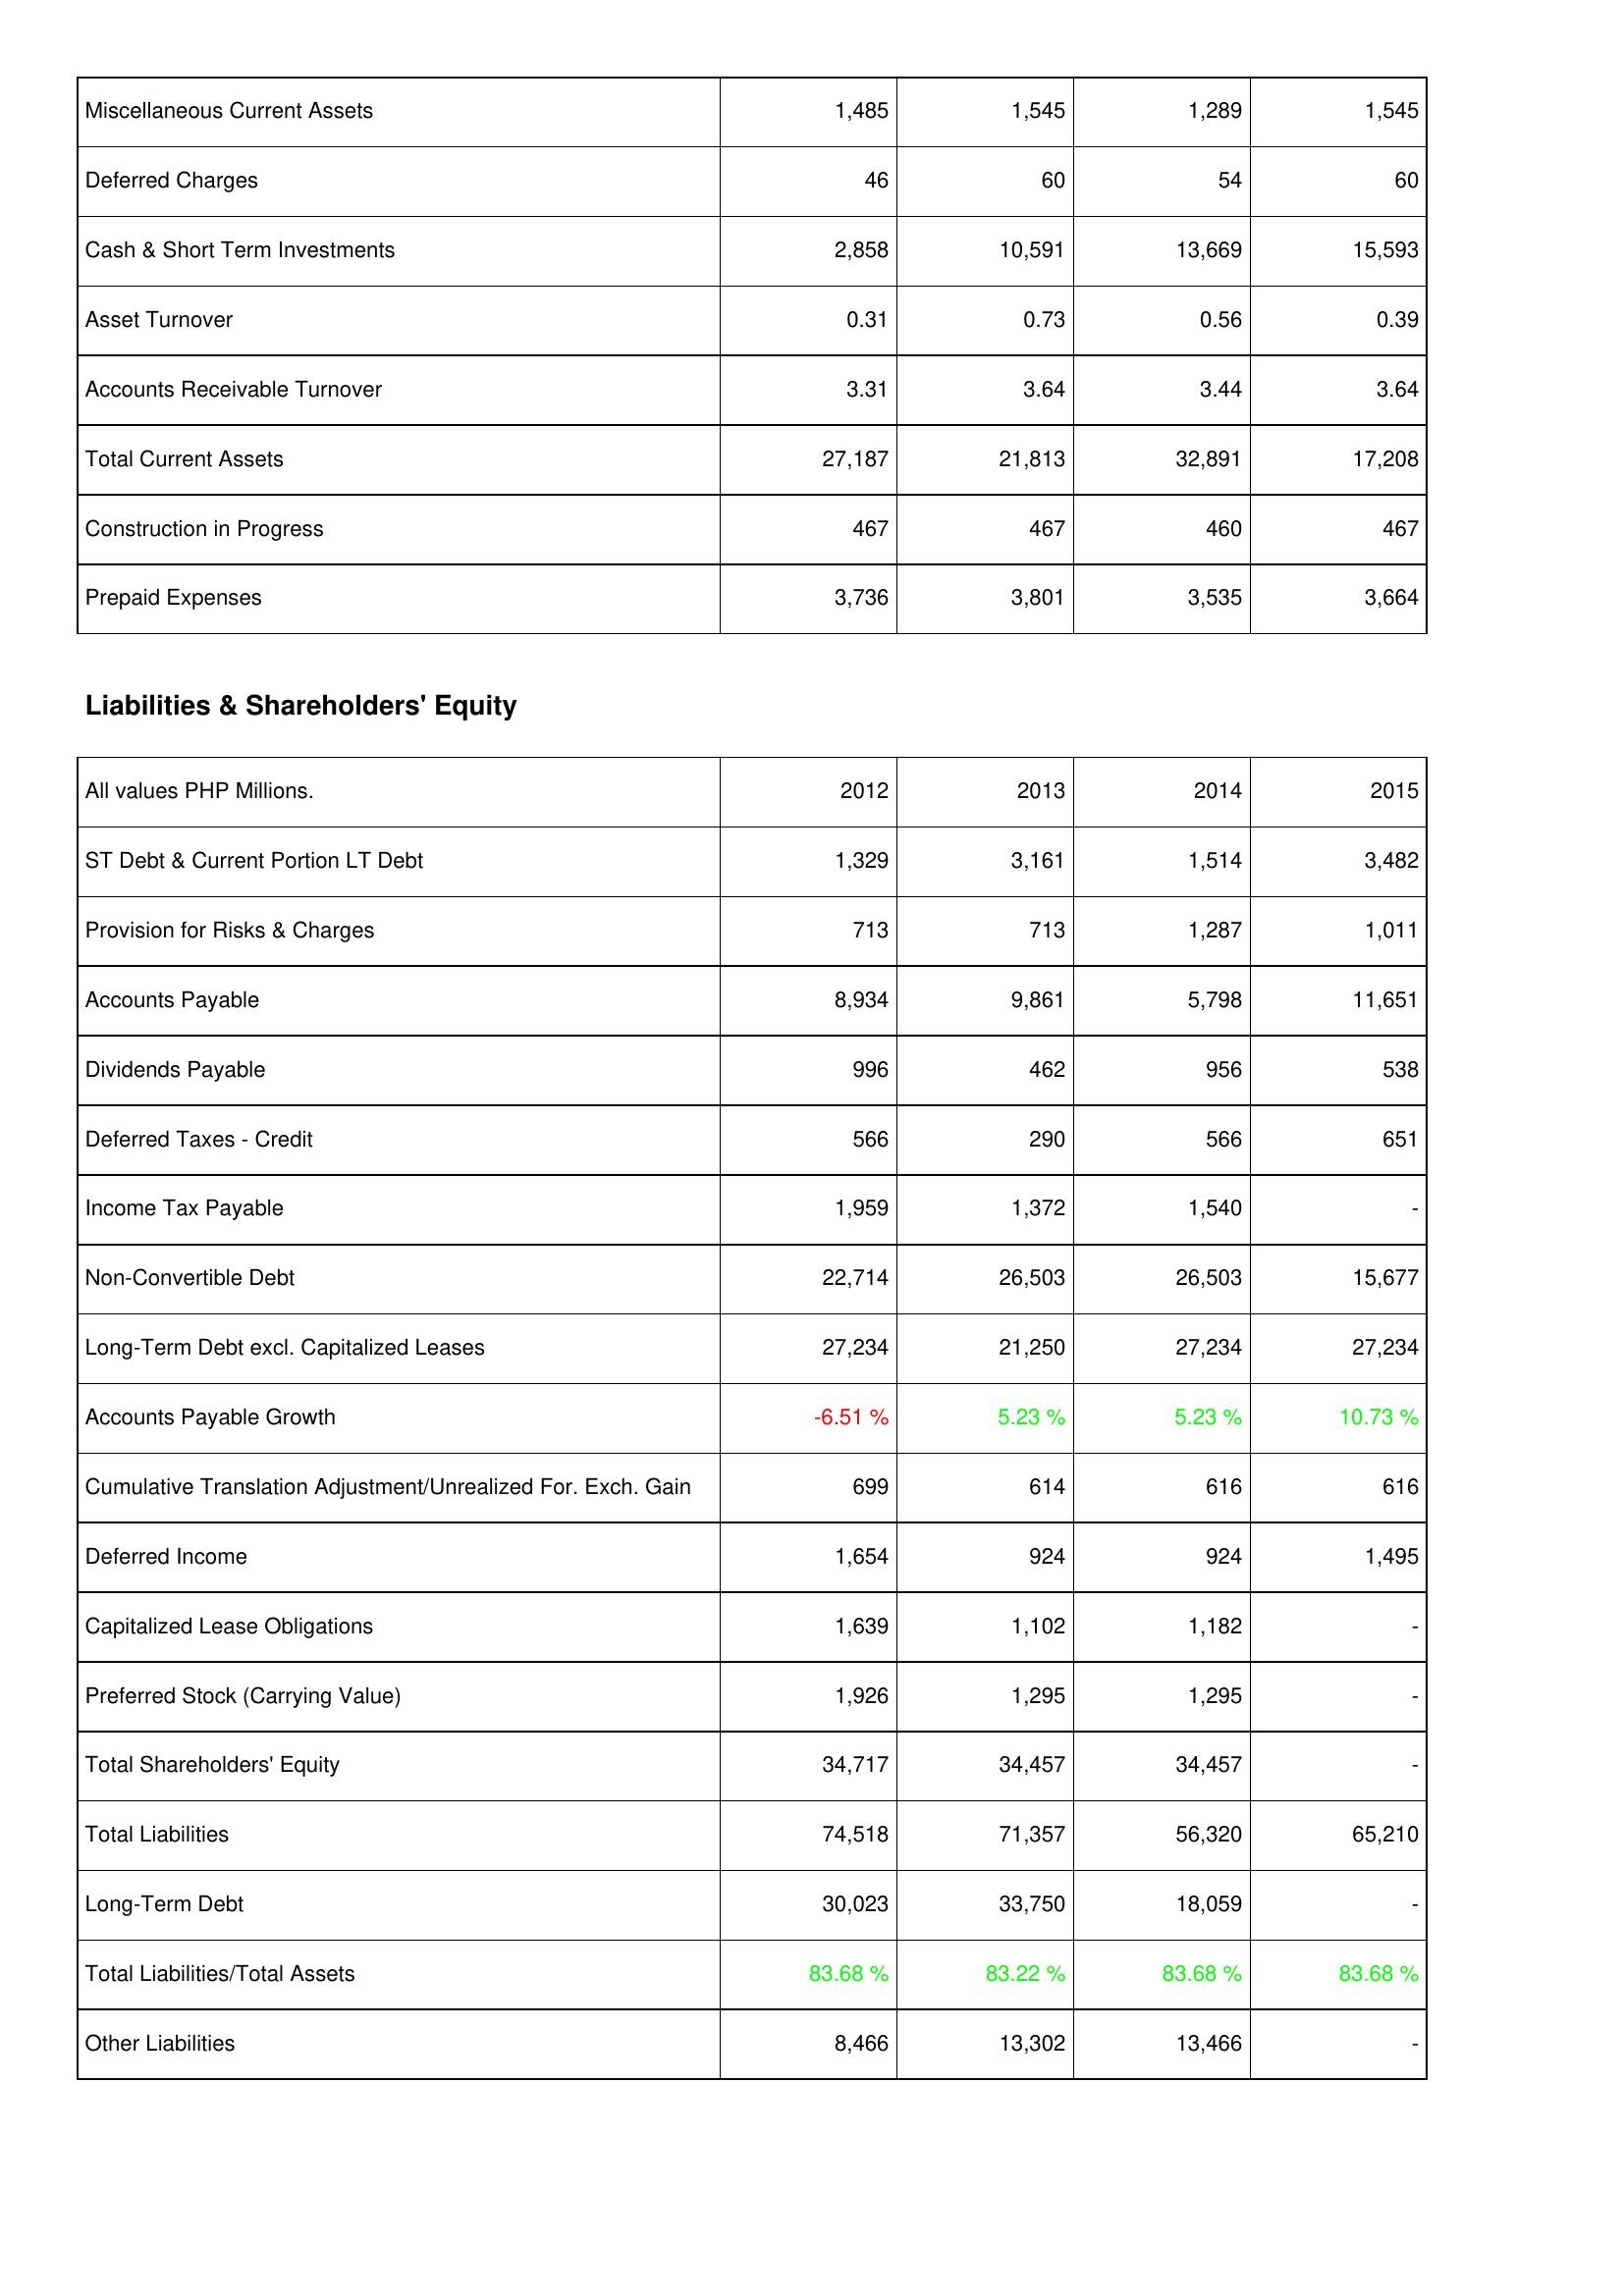
2012: Assets: Miscellaneous Current Assets: 1,485
Deferred Charges: 46
Cash & Short Term Investments: 2,858
Asset Turnover: 0.31
Accounts Receivable Turnover: 3.31
Total Current Assets: 27,187
Construction in Progress: 467
Prepaid Expenses: 3,736
Liabilities & Shareholders' Equity: ST Debt & Current Portion LT Debt: 1,329
Provision for Risks & Charges: 713
Accounts Payable: 8,934
Dividends Payable: 996
Deferred Taxes - Credit: 566
Income Tax Payable: 1,959
Non-Convertible Debt: 22,714
Long-Term Debt excl. Capitalized Leases: 27,234
Accounts Payable Growth: -6.51 %
Cumulative Translation Adjustment/Unrealized For. Exch. Gain: 699
Deferred Income: 1,654
Capitalized Lease Obligations: 1,639
Preferred Stock (Carrying Value): 1,926
Total Shareholders' Equity: 34,717
Total Liabilities: 74,518
Long-Term Debt: 30,023
Total Liabilities/Total Assets: 83.68 %
Other Liabilities: 8,466
2013: Assets: Miscellaneous Current Assets: 1,545
Deferred Charges: 60
Cash & Short Term Investments: 10,591
Asset Turnover: 0.73
Accounts Receivable Turnover: 3.64
Total Current Assets: 21,813
Construction in Progress: 467
Prepaid Expenses: 3,801
Liabilities & Shareholders' Equity: ST Debt & Current Portion LT Debt: 3,161
Provision for Risks & Charges: 713
Accounts Payable: 9,861
Dividends Payable: 462
Deferred Taxes - Credit: 290
Income Tax Payable: 1,372
Non-Convertible Debt: 26,503
Long-Term Debt excl. Capitalized Leases: 21,250
Accounts Payable Growth: 5.23 %
Cumulative Translation Adjustment/Unrealized For. Exch. Gain: 614
Deferred Income: 924
Capitalized Lease Obligations: 1,102
Preferred Stock (Carrying Value): 1,295
Total Shareholders' Equity: 34,457
Total Liabilities: 71,357
Long-Term Debt: 33,750
Total Liabilities/Total Assets: 83.22 %
Other Liabilities: 13,302
2014: Assets: Miscellaneous Current Assets: 1,289
Deferred Charges: 54
Cash & Short Term Investments: 13,669
Asset Turnover: 0.56
Accounts Receivable Turnover: 3.44
Total Current Assets: 32,891
Construction in Progress: 460
Prepaid Expenses: 3,535
Liabilities & Shareholders' Equity: ST Debt & Current Portion LT Debt: 1,514
Provision for Risks & Charges: 1,287
Accounts Payable: 5,798
Dividends Payable: 956
Deferred Taxes - Credit: 566
Income Tax Payable: 1,540
Non-Convertible Debt: 26,503
Long-Term Debt excl. Capitalized Leases: 27,234
Accounts Payable Growth: 5.23 %
Cumulative Translation Adjustment/Unrealized For. Exch. Gain: 616
Deferred Income: 924
Capitalized Lease Obligations: 1,182
Preferred Stock (Carrying Value): 1,295
Total Shareholders' Equity: 34,457
Total Liabilities: 56,320
Long-Term Debt: 18,059
Total Liabilities/Total Assets: 83.68 %
Other Liabilities: 13,466
2015: Assets: Miscellaneous Current Assets: 1,545
Deferred Charges: 60
Cash & Short Term Investments: 15,593
Asset Turnover: 0.39
Accounts Receivable Turnover: 3.64
Total Current Assets: 17,208
Construction in Progress: 467
Prepaid Expenses: 3,664
Liabilities & Shareholders' Equity: ST Debt & Current Portion LT Debt: 3,482
Provision for Risks & Charges: 1,011
Accounts Payable: 11,651
Dividends Payable: 538
Deferred Taxes - Credit: 651
Income Tax Payable: -
Non-Convertible Debt: 15,677
Long-Term Debt excl. Capitalized Leases: 27,234
Accounts Payable Growth: 10.73 %
Cumulative Translation Adjustment/Unrealized For. Exch. Gain: 616
Deferred Income: 1,495
Capitalized Lease Obligations: -
Preferred Stock (Carrying Value): -
Total Shareholders' Equity: -
Total Liabilities: 65,210
Long-Term Debt: -
Total Liabilities/Total Assets: 83.68 %
Other Liabilities: -